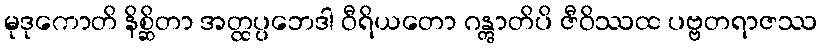
မုဒုကောတိ နိစ္ဆိတာ အတ္ထပ္ပဘေဒါ ဝီရိယတော ဂန္တွာတိပိ ဇီဝိဿထ ပဗ္ဗတရာဇဿ